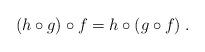
LaTeX: \begin{align*}(h\circ g)\circ f=h\circ(g\circ f)\;.\end{align*}